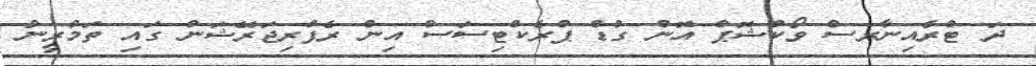
ދަ ޓްރެއިނާރސް ވޯކްޝޮޕް އޮން ގުޑް ޕްރެކްޓިސަސް އިން ރެފްރިޖަރޭޝަން ގައި ތަމްރީނު